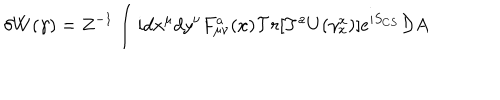
\delta W ( \gamma ) = Z ^ { - 1 } \int i d x ^ { \mu } d y ^ { \nu } F _ { \mu \nu } ^ { a } ( x ) { \cal T } r [ T ^ { a } U ( \gamma _ { x } ^ { x } ) ] e ^ { i S _ { C S } } { \cal D } A